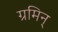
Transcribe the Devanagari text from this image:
ग्रमिन्